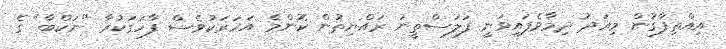
އިއްތިފާގުން މިއަދު ދިމާވެފައިވަނީ ފަލަސްތީނު ރައްޔިތުން ކޮންމެ އަހަރަކުވެސް ފާހަގަކުރާ "ނަކްބާ" ގެ